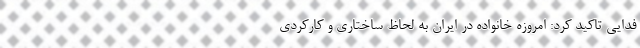
فدایی تاکید کرد: امروزه خانواده در ایران به لحاظ ساختاری و کارکردی